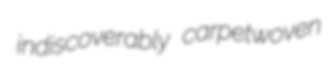
indiscoverably carpetwoven